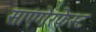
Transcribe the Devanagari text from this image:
साएंगेरफेस्ट